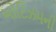
ઓટિઝમની